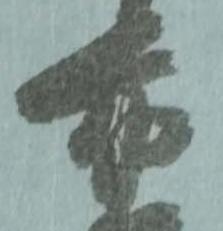
布